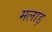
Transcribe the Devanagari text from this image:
मलाड़